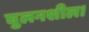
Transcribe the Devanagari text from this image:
घुलनशील।